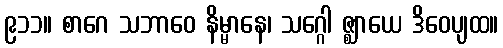
၉၁၁။ စာဂေ သဘာဝေ နိမ္မာနေ၊ သဂ္ဂေါ ဇ္ဈာယေ ဒိဝေပျထ။